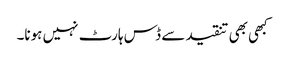
کبھی بھی تنقید سے ڈس ہارٹ نہیں ہونا۔